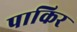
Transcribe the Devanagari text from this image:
पाकिर